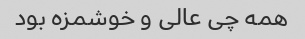
همه چی عالی و خوشمزه بود